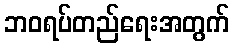
ဘဝရပ်တည်ရေးအတွက်